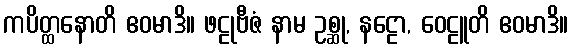
ကပိတ္ထနောတိ ဧဝမာဒိ။ ဖဠုဗီဇံ နာမ ဥစ္ဆု, နဠော, ဝေဠူတိ ဧဝမာဒိ။